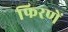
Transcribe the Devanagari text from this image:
फिरणें